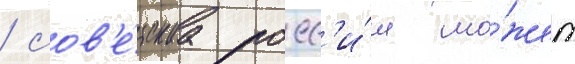
/ сов'е́тскаа росс'и́я мо́жет